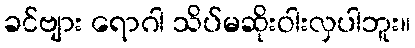
ခင်ဗျား ရောဂါ သိပ်မဆိုးဝါးလှပါဘူး။